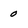
Character: 0